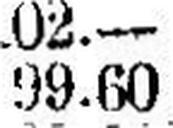
99.60